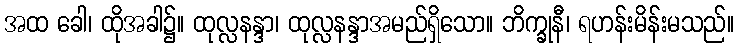
အထ ခေါ၊ ထိုအခါ၌။ ထုလ္လနန္ဒာ၊ ထုလ္လနန္ဒာအမည်ရှိသော။ ဘိက္ခုနီ၊ ရဟန်းမိန်းမသည်။